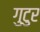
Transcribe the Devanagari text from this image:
गुटुर